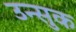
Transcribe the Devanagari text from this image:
उन्सुक